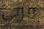
مربي